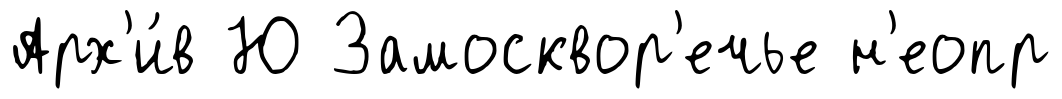
Арх'и́в Ю Замосквор'ечье н'еопр